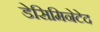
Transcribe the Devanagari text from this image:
डेसिमिनेटेद